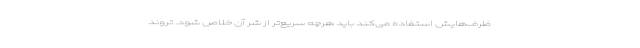
ظرف‌هایش استفاده می‌کند باید هرچه سریع‌تر از شر آن خلاص شود. تروند